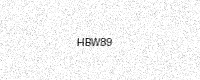
Text: HBW89